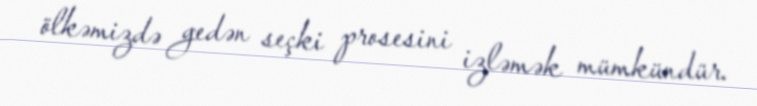
ölkəmizdə gedən seçki prosesini izləmək mümkündür.